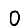
Digit: 0